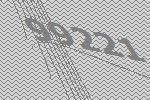
99221